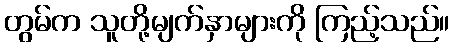
တွမ်က သူတို့မျက်နှာများကို ကြည့်သည်။